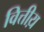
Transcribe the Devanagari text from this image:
वित्तीय़